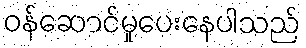
ဝန်ဆောင်မှုပေးနေပါသည်